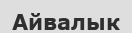
Айвалык